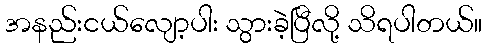
အနည်းငယ်လျော့ပါး သွားခဲ့ပြီလို့ သိရပါတယ်။